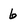
Character: 6